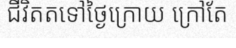
ជីវិតតទៅថ្ងៃក្រោយ ក្រៅតែ